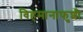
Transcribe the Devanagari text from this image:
विहमानाफुशी